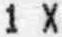
1 X